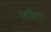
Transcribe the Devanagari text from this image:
सबेत